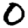
Digit: 0